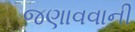
જણાવવાની